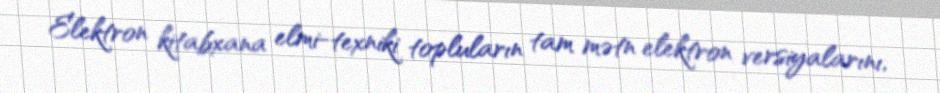
Elektron kitabxana elmi-texniki topluların tam mətn elektron versiyalarını,